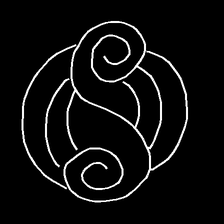
Glyph: wind-underfoot